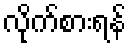
လိုက်စားရန်